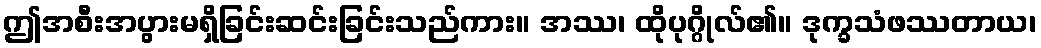
ဤအစီးအပွားမရှိခြင်းဆင်းခြင်းသည်ကား။ အဿ၊ ထိုပုဂ္ဂိုလ်၏။ ဒုက္ခသံဖဿတာယ၊